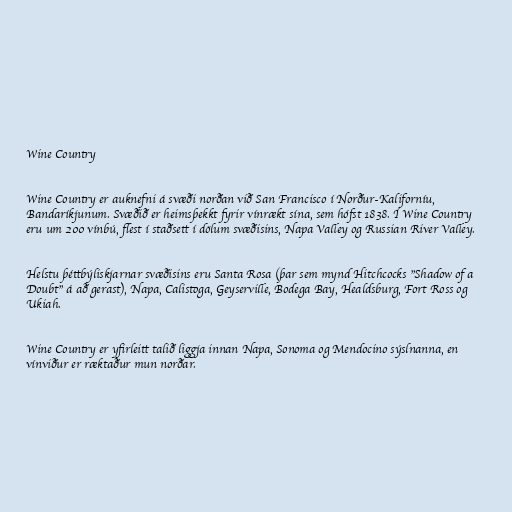
Wine Country

Wine Country er auknefni á svæði norðan við San Francisco í Norður-Kaliforníu,
Bandaríkjunum. Svæðið er heimsþekkt fyrir vínrækt sína, sem hófst 1838. Í Wine Country
eru um 200 vínbú, flest í staðsett í dölum svæðisins, Napa Valley og Russian River Valley.

Helstu þéttbýliskjarnar svæðisins eru Santa Rosa (þar sem mynd Hitchcocks "Shadow of a
Doubt" á að gerast), Napa, Calistoga, Geyserville, Bodega Bay, Healdsburg, Fort Ross og
Ukiah.

Wine Country er yfirleitt talið liggja innan Napa, Sonoma og Mendocino sýslnanna, en
vínviður er ræktaður mun norðar.